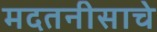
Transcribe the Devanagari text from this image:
मदतनीसाचे